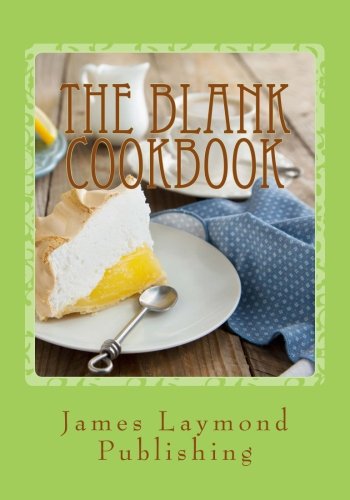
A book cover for The Blank Cookbook: For Your Recipes; James Laymond; Crafts, Hobbies & Home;